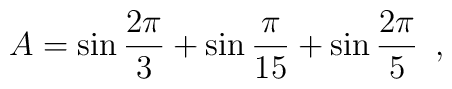
A = \sin\frac{2\pi}{3} + \sin\frac{\pi}{15} + \sin\frac{2\pi}{5} \,\,\, ,